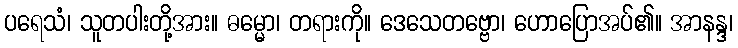
ပရေသံ၊ သူတပါးတို့အား။ ဓမ္မော၊ တရားကို။ ဒေသေတဗ္ဗော၊ ဟောပြောအပ်၏။ အာနန္ဒ၊